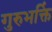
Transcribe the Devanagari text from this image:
गुरुभक्तिं